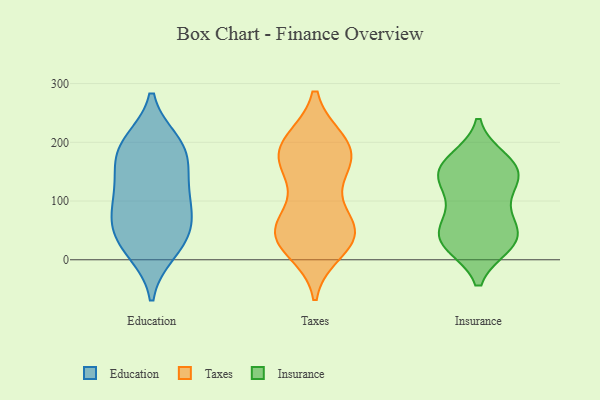
{"axis": {"x": "LTV (USD)", "y": "Value"}, "legend": ["Education", "Insurance", "Taxes"], "data": [{"x": "", "y": 14, "type": "Education"}, {"x": "", "y": 18, "type": "Education"}, {"x": "", "y": 200, "type": "Education"}, {"x": "", "y": 51, "type": "Education"}, {"x": "", "y": 57, "type": "Education"}, {"x": "", "y": 190, "type": "Education"}, {"x": "", "y": 178, "type": "Education"}, {"x": "", "y": 110, "type": "Education"}, {"x": "", "y": 153, "type": "Education"}, {"x": "", "y": 133, "type": "Education"}, {"x": "", "y": 47, "type": "Education"}, {"x": "", "y": 86, "type": "Education"}, {"x": "", "y": 196, "type": "Education"}, {"x": "", "y": 97, "type": "Education"}, {"x": "", "y": 191, "type": "Taxes"}, {"x": "", "y": 47, "type": "Taxes"}, {"x": "", "y": 40, "type": "Taxes"}, {"x": "", "y": 200, "type": "Taxes"}, {"x": "", "y": 188, "type": "Taxes"}, {"x": "", "y": 200, "type": "Taxes"}, {"x": "", "y": 164, "type": "Taxes"}, {"x": "", "y": 48, "type": "Taxes"}, {"x": "", "y": 18, "type": "Taxes"}, {"x": "", "y": 55, "type": "Taxes"}, {"x": "", "y": 62, "type": "Taxes"}, {"x": "", "y": 48, "type": "Taxes"}, {"x": "", "y": 33, "type": "Taxes"}, {"x": "", "y": 179, "type": "Taxes"}, {"x": "", "y": 132, "type": "Taxes"}, {"x": "", "y": 157, "type": "Taxes"}, {"x": "", "y": 130, "type": "Insurance"}, {"x": "", "y": 138, "type": "Insurance"}, {"x": "", "y": 164, "type": "Insurance"}, {"x": "", "y": 32, "type": "Insurance"}, {"x": "", "y": 95, "type": "Insurance"}, {"x": "", "y": 142, "type": "Insurance"}, {"x": "", "y": 63, "type": "Insurance"}, {"x": "", "y": 163, "type": "Insurance"}, {"x": "", "y": 66, "type": "Insurance"}, {"x": "", "y": 142, "type": "Insurance"}, {"x": "", "y": 170, "type": "Insurance"}, {"x": "", "y": 26, "type": "Insurance"}, {"x": "", "y": 38, "type": "Insurance"}, {"x": "", "y": 27, "type": "Insurance"}, {"x": "", "y": 33, "type": "Insurance"}]}